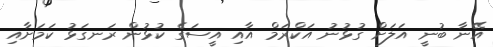
އޭނާ ބުނީ އަލަށް ގުޅުނު އަކްރަމް އާއި އީސަގެ ކުޅުން ރަނގަޅު ކަމަށާއި